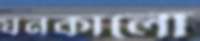
ঘনকালো